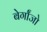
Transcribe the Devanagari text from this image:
बेर्गांजो